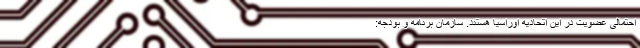
احتمالی عضویت در این اتحادیه اوراسیا هستند. سازمان برنامه و بودجه: